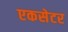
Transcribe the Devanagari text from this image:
एकसेटर